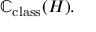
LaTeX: \mathbb { C } _ { \mathrm { c l a s s } } ( H ) .